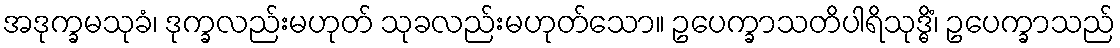
အဒုက္ခမသုခံ၊ ဒုက္ခလည်းမဟုတ် သုခလည်းမဟုတ်သော။ ဥပေက္ခာသတိပါရိသုဒ္ဓိံ၊ ဥပေက္ခာသည်